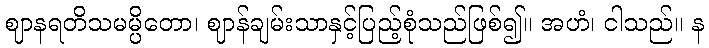
ဈာနရတိသမမ္ပိတော၊ ဈာန်ချမ်းသာနှင့်ပြည့်စုံသည်ဖြစ်၍။ အဟံ၊ ငါသည်။ န